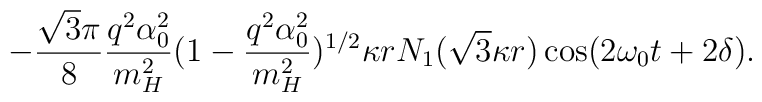
- \frac{\sqrt{3}\pi}{8} \frac{q^2\alpha_0^2}{m_H^2} (1- \frac{q^2\alpha_0^2}{m_H^2})^{1/2} \kappa r N_1(\sqrt{3}\kappa r) \cos(2 \omega_0t + 2 \delta).